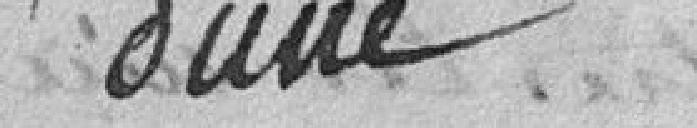
d'une